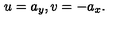
u = a _ { y } , v = - a _ { x } .